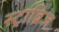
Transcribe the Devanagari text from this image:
स्ट्राब्रिज